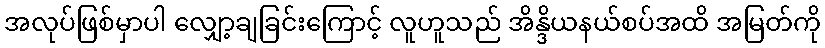
အလုပ်ဖြစ်မှာပါ လျှော့ချခြင်းကြောင့် လူဟူသည် အိန္ဒိယနယ်စပ်အထိ အမြတ်ကို